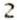
2